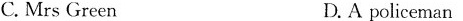
C.Mrs Green D.A policeman